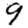
Digit: 9